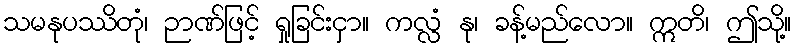
သမနုပဿိတုံ၊ ဉာဏ်ဖြင့် ရှုခြင်းငှာ။ ကလ္လံ နု၊ ခန့်မည်လော။ ဣတိ၊ ဤသို့။